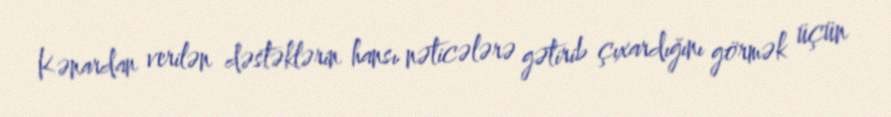
Kənardan verilən dəstəklərin hansı nəticələrə gətirib çıxardığını görmək üçün